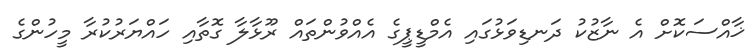
ޚާއްސަކޮށް އެ ނާޒުކު ދަނޑިވަޅުގައި އެމްޑީޕީގެ އެއްވުންތައް ރޫޅާލާ ގޮތާއި ހައްޔަރުކުރާ މީހުންގެ